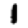
Digit: 1